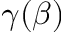
\gamma ( \beta )